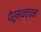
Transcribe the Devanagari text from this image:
पेरूम्थच्चन